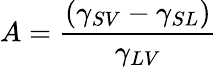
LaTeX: A={\frac{(\gamma_{SV}-\gamma_{SL})}{\gamma_{LV}}}